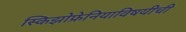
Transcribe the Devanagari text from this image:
स्किझोफ्रेनियाविषयीची